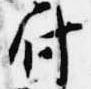
付